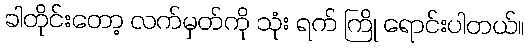
ခါတိုင်းတော့ လက်မှတ်ကို သုံး ရက် ကြို ရောင်းပါတယ်။